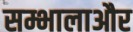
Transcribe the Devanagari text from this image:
सम्भालाऔर